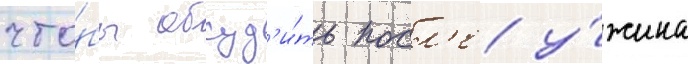
что́бы обсуд'и́ть посл'е у́жина